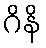
ဂိနိ